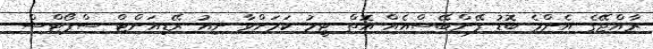
ރާއްޖޭގެ އެންމެ ބޮޑު ފޭންބޭސްއެއް އޮތް ޓީމު ކަމަށްވާ ނިއު ރޭޑިއަންޓް ސްޕޯޓްސް